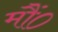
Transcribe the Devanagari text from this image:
मौं०